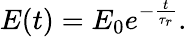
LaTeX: E(t)=E_{0}e^{-\frac{t}{\tau_{r}}}.